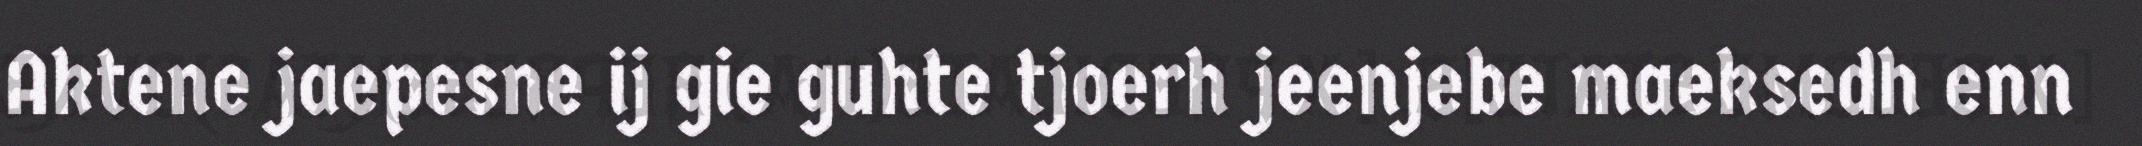
Aktene jaepesne ij gie guhte tjoerh jeenjebe maeksedh enn